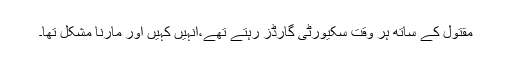
مقتول کے ساتھ ہر وقت سکیورٹی گارڈز رہتے تھے،انہیں کہیں اور مارنا مشکل تھا۔